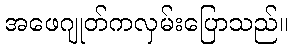
အဖေဂျုတ်ကလှမ်းပြောသည်။